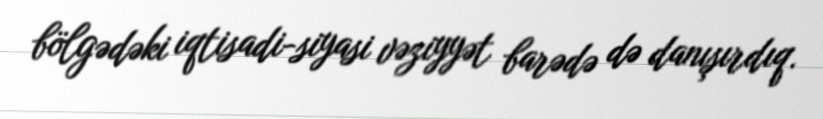
bölgədəki iqtisadi-siyasi vəziyyət barədə də danışırdıq.